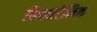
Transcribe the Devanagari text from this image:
फिलाटेलिक